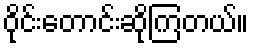
ဝိုင်းတောင်းဆိုကြတယ်။